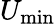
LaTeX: U_{\mathrm{min}}